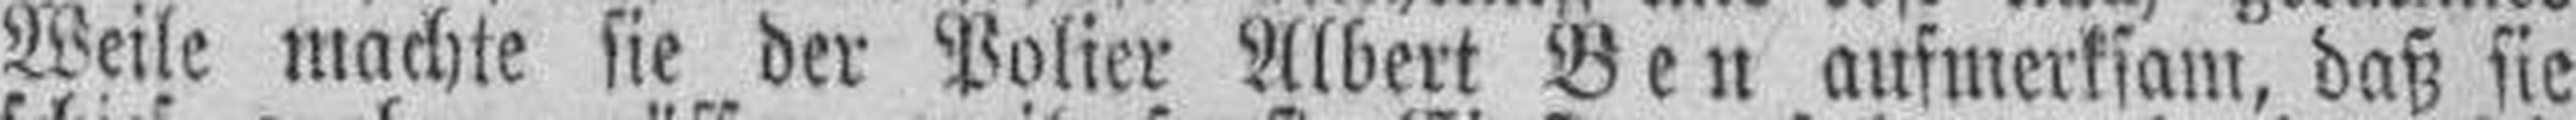
Weile machte sie der Polier Albert Ben aufmerksam, daß sie